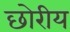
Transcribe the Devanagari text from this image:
छोरीय